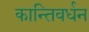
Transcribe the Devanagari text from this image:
कान्तिवर्धन